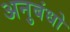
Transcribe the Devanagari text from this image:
अनुबंधो